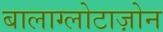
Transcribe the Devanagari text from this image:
बालाग्लोटाज़ोन